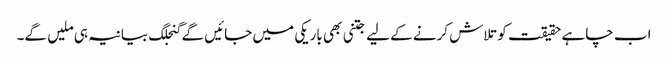
اب چاہے حقیقت کو تلاش کرنے کے لیے جتنی بھی باریکی میں جائیں گے گنجلگ بیانیہ ہی ملیں گے۔